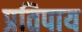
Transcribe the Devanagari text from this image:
प्रतिपाय